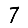
Digit: 7